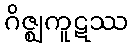
ဂိဇ္ဈကူဋဿ